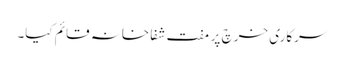
سرکاری خرچ پر مفت شفا خانہ قائم کیا۔